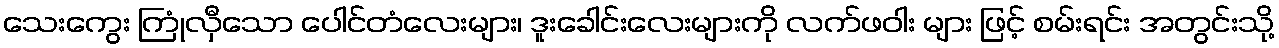
သေးကွေး ကြုံလှီသော ပေါင်တံလေးများ၊ ဒူးခေါင်းလေးများကို လက်ဖဝါး များ ဖြင့် စမ်းရင်း အတွင်းသို့